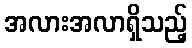
အလားအလာရှိသည့်